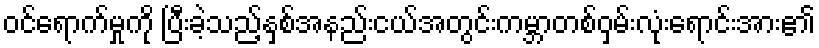
ဝင်ရောက်မှုကို ပြီးခဲ့သည့်နှစ်အနည်းငယ်အတွင်းကမ္ဘာတစ်ဝှမ်းလုံးရောင်းအား၏